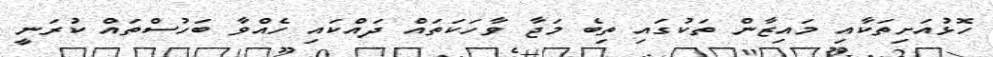
ހޮޅުއަށިތަކާއި މައިޒާން ތަކުގައި ތިބެ މަޖާ ވާހަކަތައް ދައްކައި ހެއްވާ ބަހުސްތައް ކުރަނީ